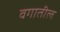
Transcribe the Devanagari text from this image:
वगातील